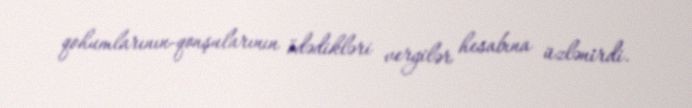
qohumlarının-qonşularının ödədikləri vergilər hesabına üzlənirdi.